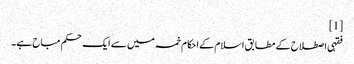
[1]
فقہی اصطلاح کے مطابق اسلام کے احکام خمسہ میں سے ایک حکم مباح ہے ۔